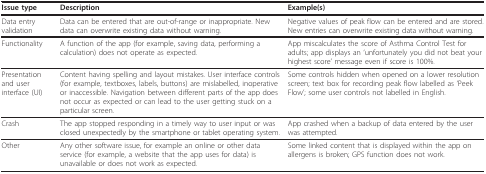
<table><thead><tr><td><b>Issue type</b></td><td><b>Description</b></td><td><b>Example(s)</b></td></tr></thead><tbody><tr><td>Data entry validation</td><td>Data can be entered that are out-of-range or inappropriate. New data can overwrite existing data without warning.</td><td>Negative values of peak flow can be entered and are stored. New entries can overwrite existing data without warning.</td></tr><tr><td>Functionality</td><td>A function of the app (for example, saving data, performing a calculation) does not operate as expected.</td><td>App miscalculates the score of Asthma Control Test for adults; app displays an &#x27;unfortunately you did not beat your highest score&#x27; message even if score is 100%.</td></tr><tr><td>Presentation and user interface (UI)</td><td>Content having spelling and layout mistakes. User interface controls (for example, textboxes, labels, buttons) are mislabelled, inoperative or inaccessible. Navigation between different parts of the app does not occur as expected or can lead to the user getting stuck on a particular screen.</td><td>Some controls hidden when opened on a lower resolution screen; text box for recording peak flow labelled as &#x27;Peek Flow&#x27;; some user controls not labelled in English.</td></tr><tr><td>Crash</td><td>The app stopped responding in a timely way to user input or was closed unexpectedly by the smartphone or tablet operating system.</td><td>App crashed when a backup of data entered by the user was attempted.</td></tr><tr><td>Other</td><td>Any other software issue, for example an online or other data service (for example, a website that the app uses for data) is unavailable or does not work as expected.</td><td>Some linked content that is displayed within the app on allergens is broken; GPS function does not work.</td></tr></tbody></table>